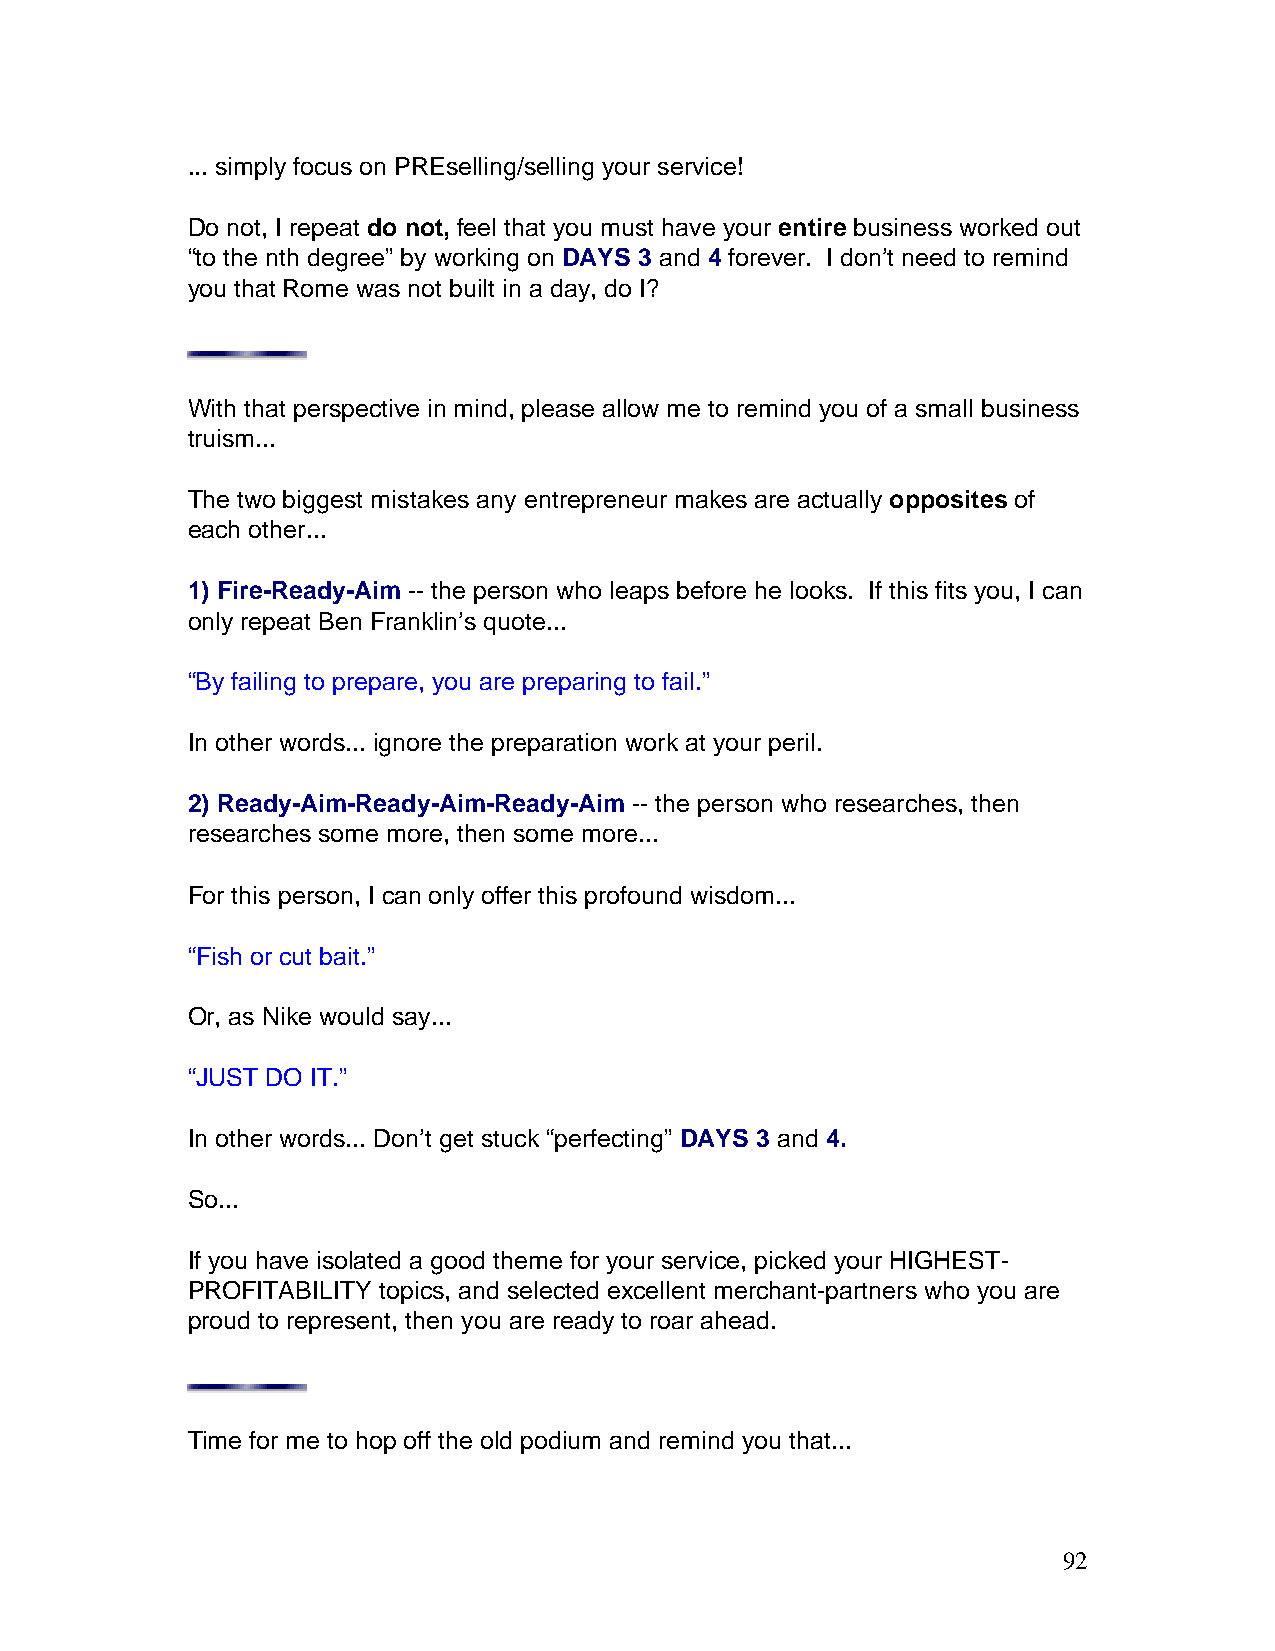
... simply focus on PREselling/selling your service!
 Do not, I repeat do not, feel that you must have your entire business worked out
 “to the nth degree” by working on DAYS 3 and 4 forever. I don’t need to remind
 you that Rome was not built in a day, do I?
 With that perspective in mind, please allow me to remind you of a small business
 truism...
 The two biggest mistakes any entrepreneur makes are actually opposites of
 each other...
 1) Fire-Ready-Aim -- the person who leaps before he looks. If this fits you, I can
 only repeat Ben Franklin’s quote...
 “By failing to prepare, you are preparing to fail.”
 In other words... ignore the preparation work at your peril.
 2) Ready-Aim-Ready-Aim-Ready-Aim -- the person who researches, then
 researches some more, then some more...
 For this person, I can only offer this profound wisdom...
 “Fish or cut bait.”
 Or, as Nike would say...
 “JUST DO IT.”
 In other words... Don’t get stuck “perfecting” DAYS 3 and 4.
 So...
 If you have isolated a good theme for your service, picked your HIGHEST-
 PROFITABILITY topics, and selected excellent merchant-partners who you are
 proud to represent, then you are ready to roar ahead.
 Time for me to hop off the old podium and remind you that...
 92